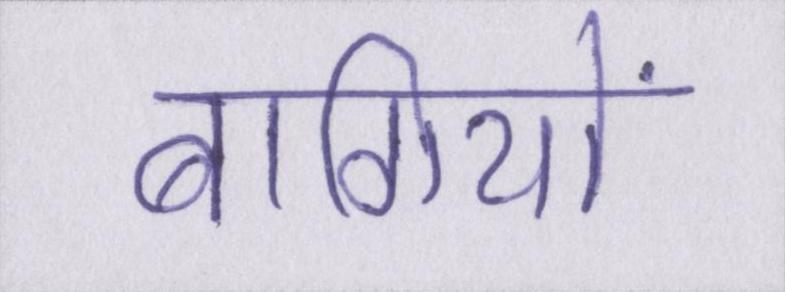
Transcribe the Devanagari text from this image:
बागियों